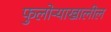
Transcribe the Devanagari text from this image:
फुलोऱ्याखालील